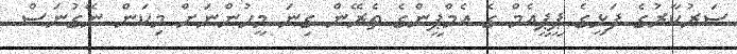
ސަރުކާރުގެ ފަޅީގެ ޕީޕީއެމް ގެ އެމްޕީންގެ ތެރޭން ގިނަ މީހުންނަށް މިކަން ނޭގުނަސް